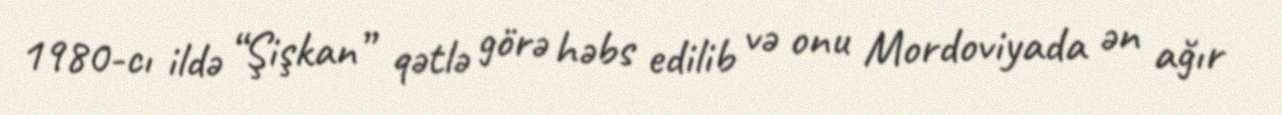
1980-cı ildə “Şişkan” qətlə görə həbs edilib və onu Mordoviyada ən ağır